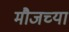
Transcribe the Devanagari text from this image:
मौजच्या